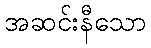
အဆင်းနီသော